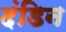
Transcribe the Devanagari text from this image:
दंडिन